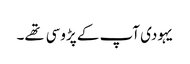
یہودی آپ کے پڑوسی تهے۔